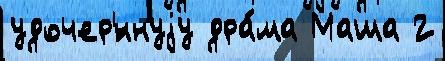
удочер'́ннуjу дра́ма Маша 2